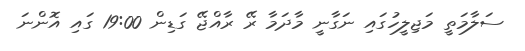
ސަލާމަތީ މަޖިލީހުގައި ނަގާނީ މާދަމާ ރޭ ރާއްޖޭ ގަޑިން 19:00 ގައި އޮންނަ